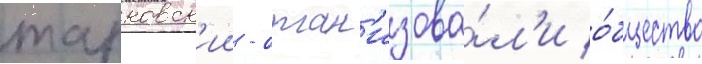
тарковск'ии - орган'изова́л'и о́бщество